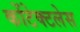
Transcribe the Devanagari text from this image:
कोंटेक्टलेस